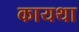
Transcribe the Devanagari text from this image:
कायथा